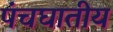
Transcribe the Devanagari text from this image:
पंचघातीय